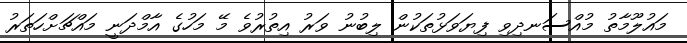
މައުލޫމާތު މުއްސަނދިވި ފިޔަވަޅުތަކުން ލިބުނު ވަރު އިތުރުވެ މޭ މަހުގެ އާމްދަނީ މައްޗަށްހަތަރު